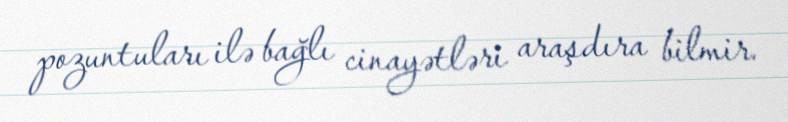
pozuntuları ilə bağlı cinayətləri araşdıra bilmir.